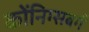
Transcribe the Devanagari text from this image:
कोंनिग्सबर्ग